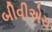
બીવીએચ